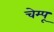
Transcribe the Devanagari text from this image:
चेम्पू